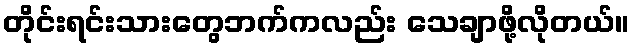
တိုင်းရင်းသားတွေဘက်ကလည်း သေချာဖို့လိုတယ်။